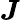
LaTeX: \boldsymbol J